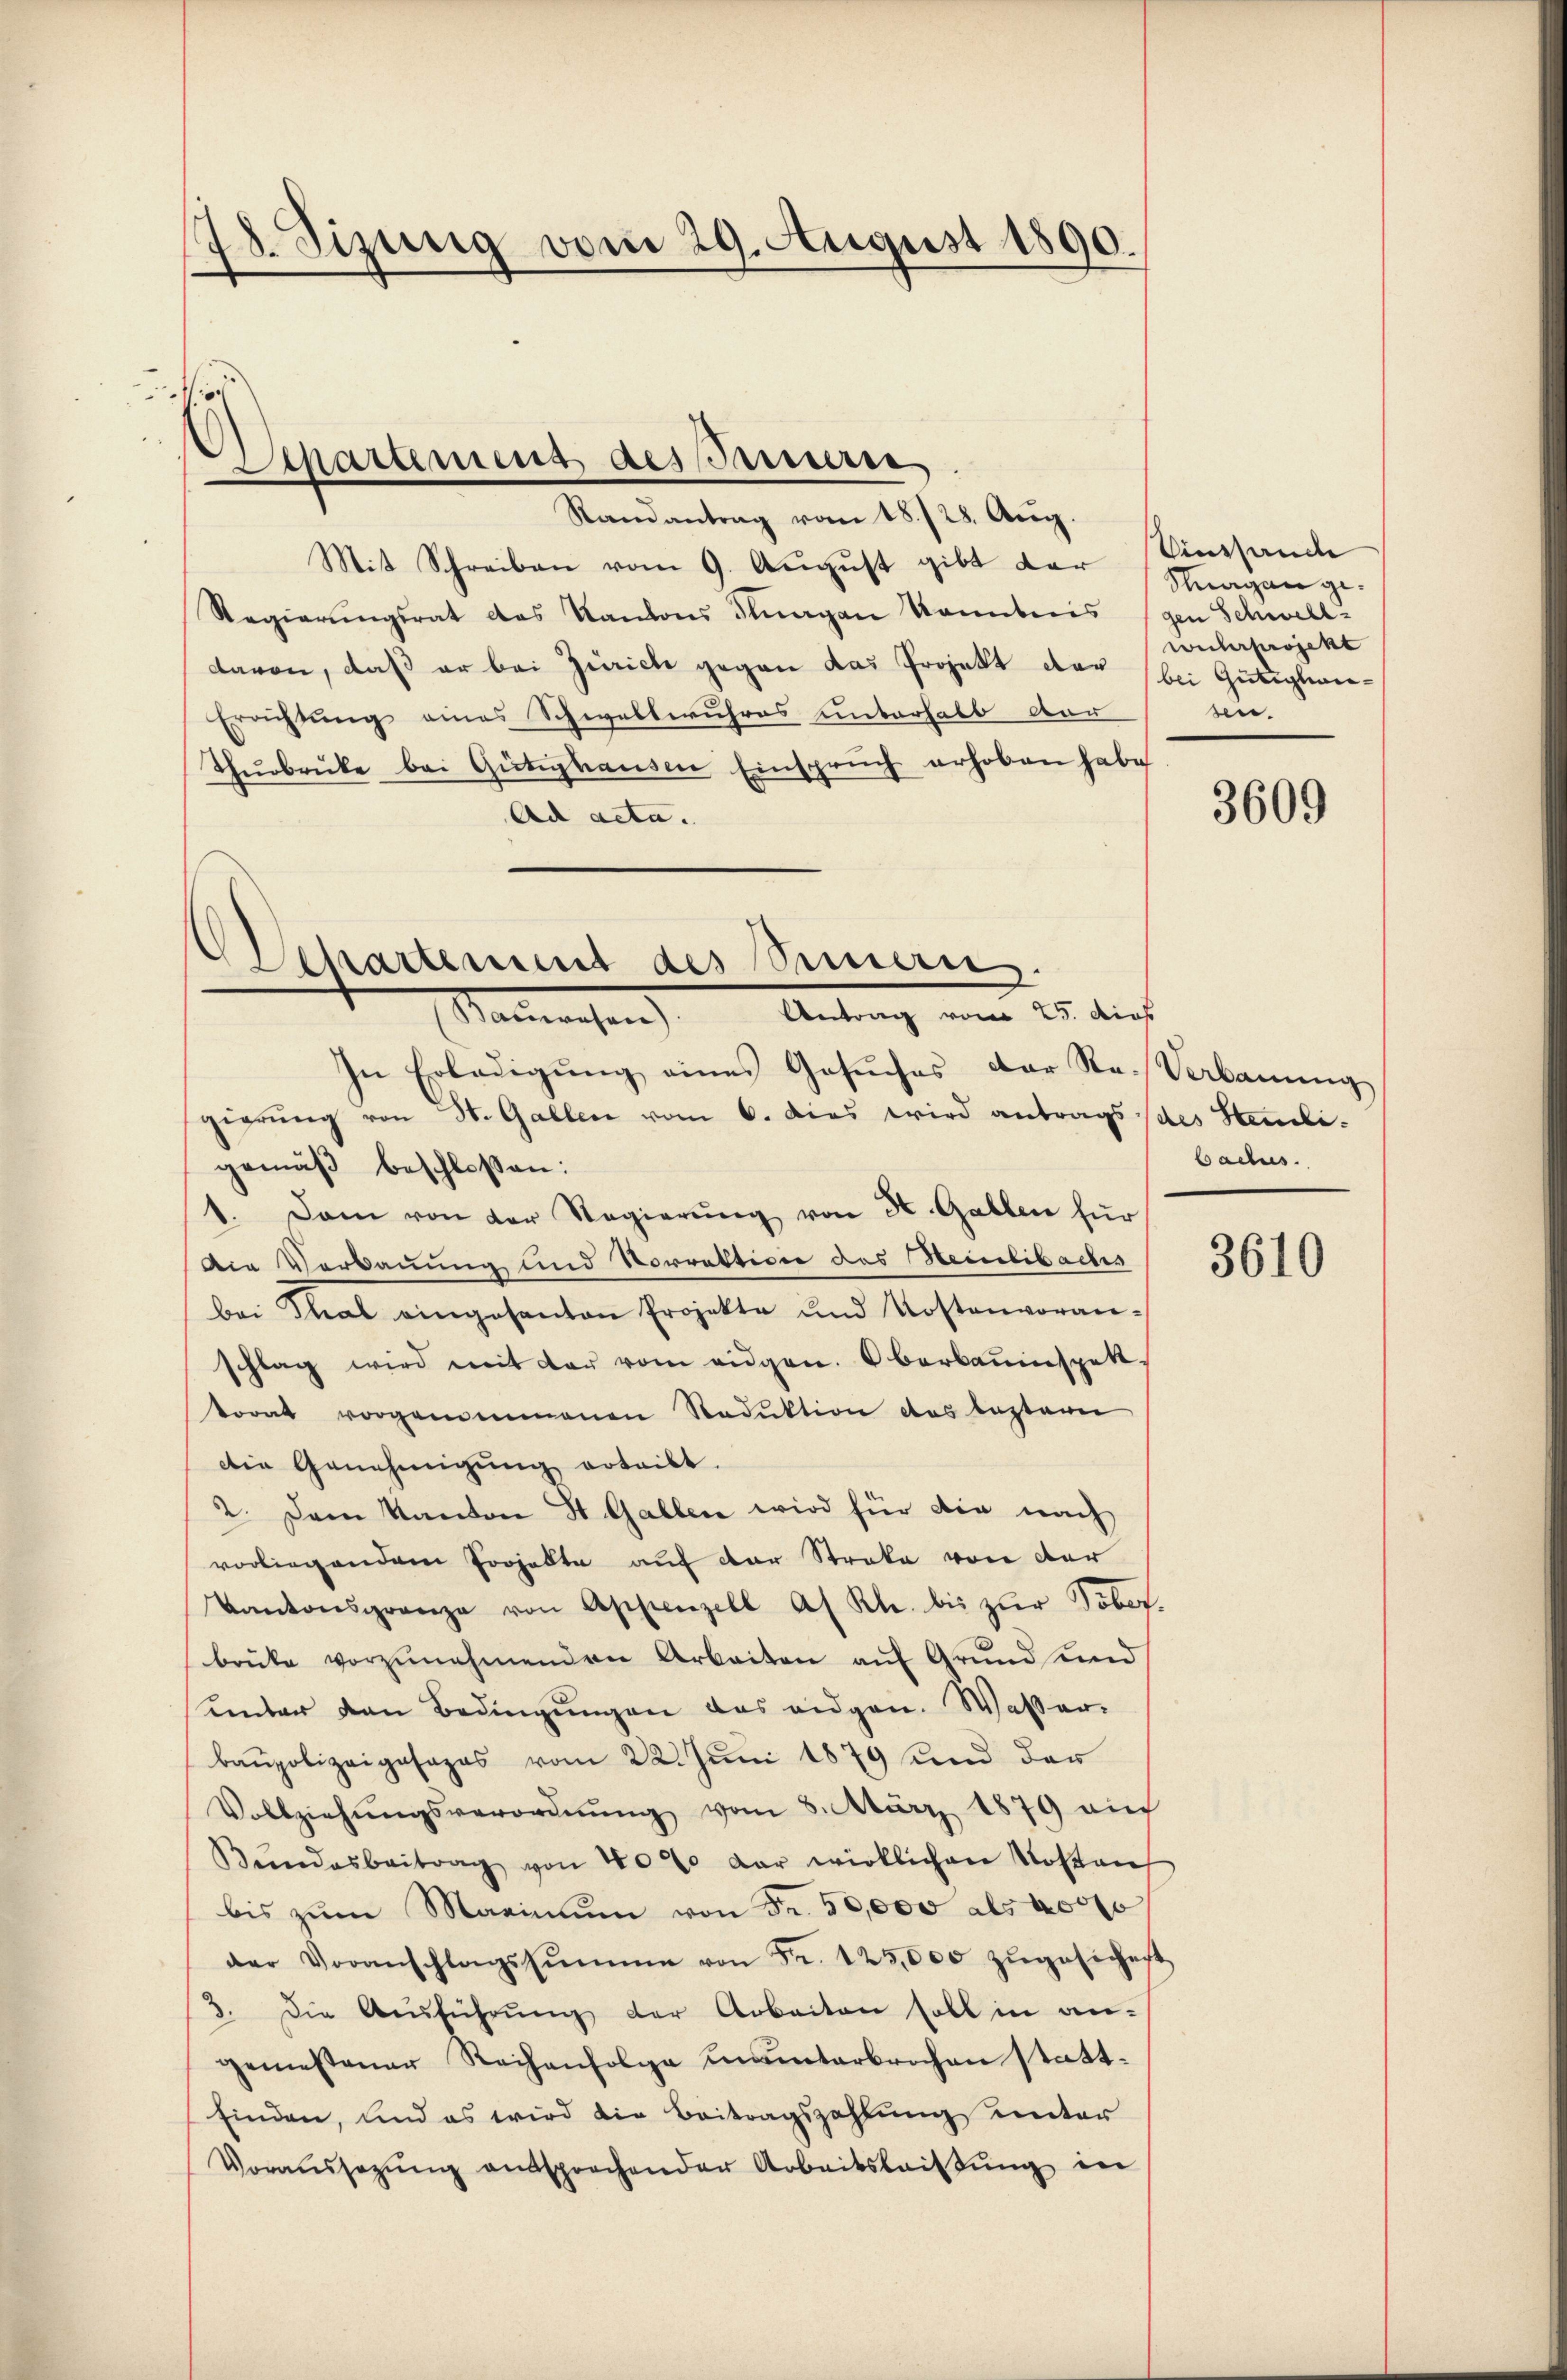
18. Sizung vom 29. August 1890.

1

Randantrag vom 18. 728. Aŭg.
Mit Schreiben vom 9. August gibt dar
Regierŭngsrat das Kantons Fragen konnteris
davon, daß er bei Zürich gegen das Projekt der
Errichtung eines Schwellwuhres unterhalb der
Thŭrbrücke bei Gütighaŭsen Einsprŭch erhoben habe
Ad acta.

Separtemens dessere

Departement des Sinnern.
Baŭwesen Antrag vom 25. d

In Erledigŭng eines Gesŭches der Re-Verkanŭng
gierung von St. Gallen vom 6. Das wird antrags des Stenligemäß beschlossen:
1. Dann von der Regierŭng von K. Gallen für
Die Verbauung und Vorrektion des Weinbibaches
bei Thal eingesanten Projekte und Kostenvoran-
schlag wird mit der vom eidgen. Oberbauinspekt.
torat vorgenommenen Reduktion das lezterei
die Genehmigung erteilt.
2. Dem Kanton St. Gallen wird für die nach
vorliegendem Projekte auf der Streke von der
Kantonsgrenza von Appenzell A/ Kl. bis zŭr Tobot-
brüke vorzŭnehmenden Arbeiten auf Grund und
umnter den Bedingŭngen das eidgen. Wasser.
baupolizeigasapas vom 22. Juni 1879 und der
Vollziehŭngsverordnŭng vom 8. März 1879 au
Bŭndesbeitrag von 40% der wirklichen Kosten
bis zŭm Marinum von Fr. 50,000 als 40000
der Voranschlagssŭmme von Fr. 125,000 zŭgesichert
3. Die Ausführŭng der Arbeiten soll in an-
gemessener Reihenfolge ununterbrochen stattfinden, und es wird die Beitragszahlung unter
Voraŭssezŭng entsprechender Arbeitsleitŭng in

Einstande
Schwagen ge
gen Schwellwuhr projekt
bei Gütigliora-
e.

3609

ins
Cactus.

3610